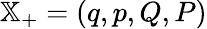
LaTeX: \mathbb{X}_{+}=(q,p,Q,P)